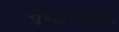
ઊનાળાના